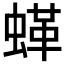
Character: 𱿲